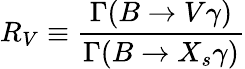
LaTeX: R_{V}\equiv\frac{\Gamma(B\to V\gamma)}{\Gamma(B\to X_{s}\gamma)}